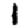
Digit: 1